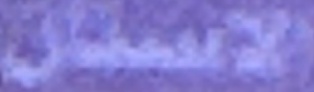
الاسنان